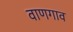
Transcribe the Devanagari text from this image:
वाणगाव